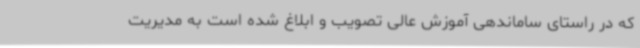
که در راستای ساماندهی آموزش عالی تصویب و ابلاغ شده است به مدیریت